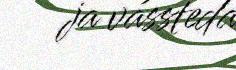
ja vássteda